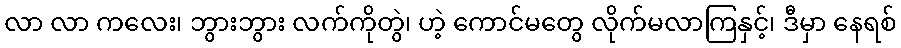
လာ လာ ကလေး၊ ဘွားဘွား လက်ကိုတွဲ၊ ဟဲ့ ကောင်မတွေ လိုက်မလာကြနှင့်၊ ဒီမှာ နေရစ်